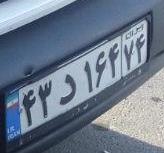
۴۳د۱۶۴۷۴